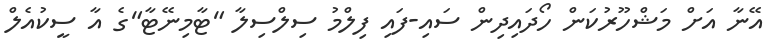
އޭނާ އަށް މަޝްހޫރުކަން ހޯދައިދިން ސައި-ފައި ފިލްމު ސިލްސިލާ "ޓާމިނޭޓާ"ގެ އާ ސީކުއެލް